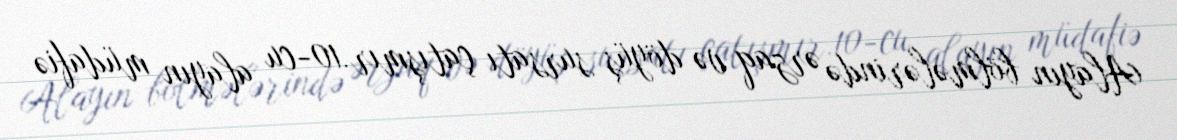
Alayın bölmələrində ərzaq və döyüş sursatı çatışmır.10-cu alayın müdafiə